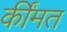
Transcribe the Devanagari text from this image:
कींमत